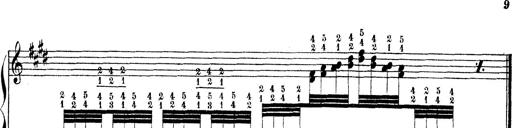
Title: Technische Studien
Composer: Franz Liszt